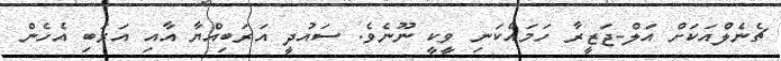
ޗެނެލްއަކަށް އަލް-ޖަޒީރާ ހަމައެކަނި ވީކީ ނޫނެވެ. ސައުދީ އަަރަބިއްޔާ އާއި އަރަބި އެހެން